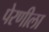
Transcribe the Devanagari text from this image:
पेरणीला